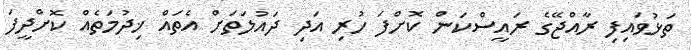
ތަޅުވައިފި ރާއްޖޭގެ ރައީސްކަން ކޮށްފަ ހުރި އަދި ދައުލަތަށް އެތައް ޚިދުމަތެއް ކޮށްދީފަ